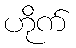
ဟိုက်